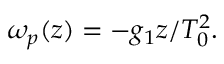
\omega _ { p } ( z ) = - g _ { 1 } z / T _ { 0 } ^ { 2 } .